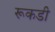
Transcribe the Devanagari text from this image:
रूकडी